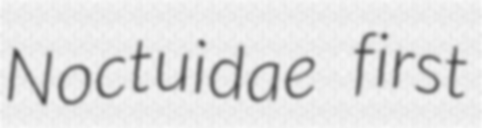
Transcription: Noctuidae first